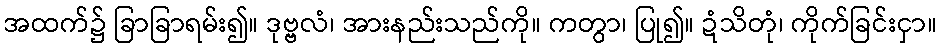
အထက်၌ ခြာခြာရမ်း၍။ ဒုဗ္ဗလံ၊ အားနည်းသည်ကို။ ကတွာ၊ ပြု၍။ ဍံသိတုံ၊ ကိုက်ခြင်းငှာ။